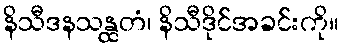
နိသီဒနသန္ထတံ၊ နိသီဒိုင်အခင်းကို။